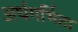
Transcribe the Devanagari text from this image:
अर्थगर्भिता